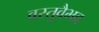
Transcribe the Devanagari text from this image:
वस्तुवैभव